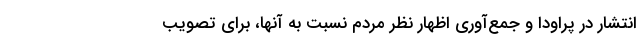
انتشار در پراودا و جمع‌آوری اظهار نظر مردم نسبت به آنها، برای تصویب